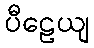
ပီဠေယျ